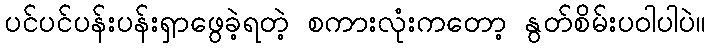
ပင်ပင်ပန်းပန်းရှာဖွေခဲ့ရတဲ့ စကားလုံးကတော့ နွတ်စိမ်းပဝါပါပဲ။